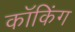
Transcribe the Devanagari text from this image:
कॉकिंग